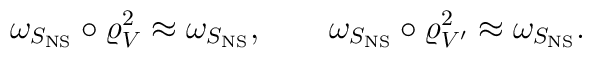
\omega_{S_{\rm NS}} \circ \varrho_V^2\approx \omega_{S_{\rm NS}}, \qquad\omega_{S_{\rm NS}} \circ \varrho_{V'}^2\approx \omega_{S_{\rm NS}}.